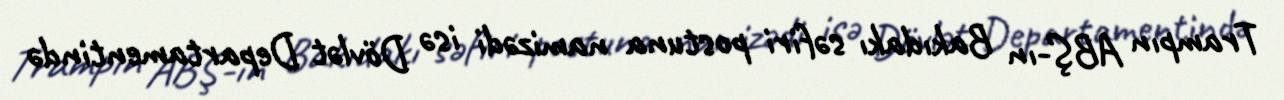
Trampın ABŞ-ın Bakıdakı səfiri postuna namizədi isə Dövlət Departamentində